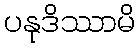
ပနုဒိဿာမိ